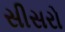
સીસરો